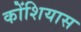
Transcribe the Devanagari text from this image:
कोंशियास